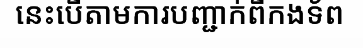
នេះបើតាមការបញ្ជាក់ពីកងទ័ព